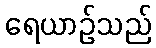
ရေယာဉ်သည်